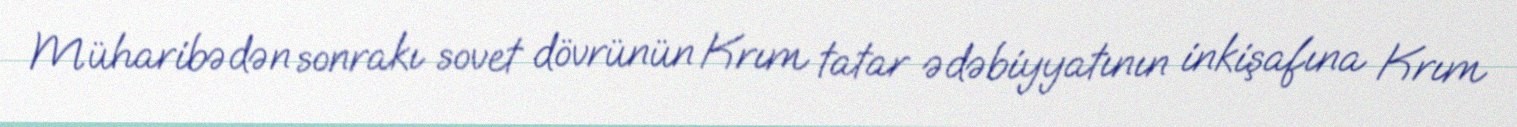
Müharibədən sonrakı sovet dövrünün Krım tatar ədəbiyyatının inkişafına Krım